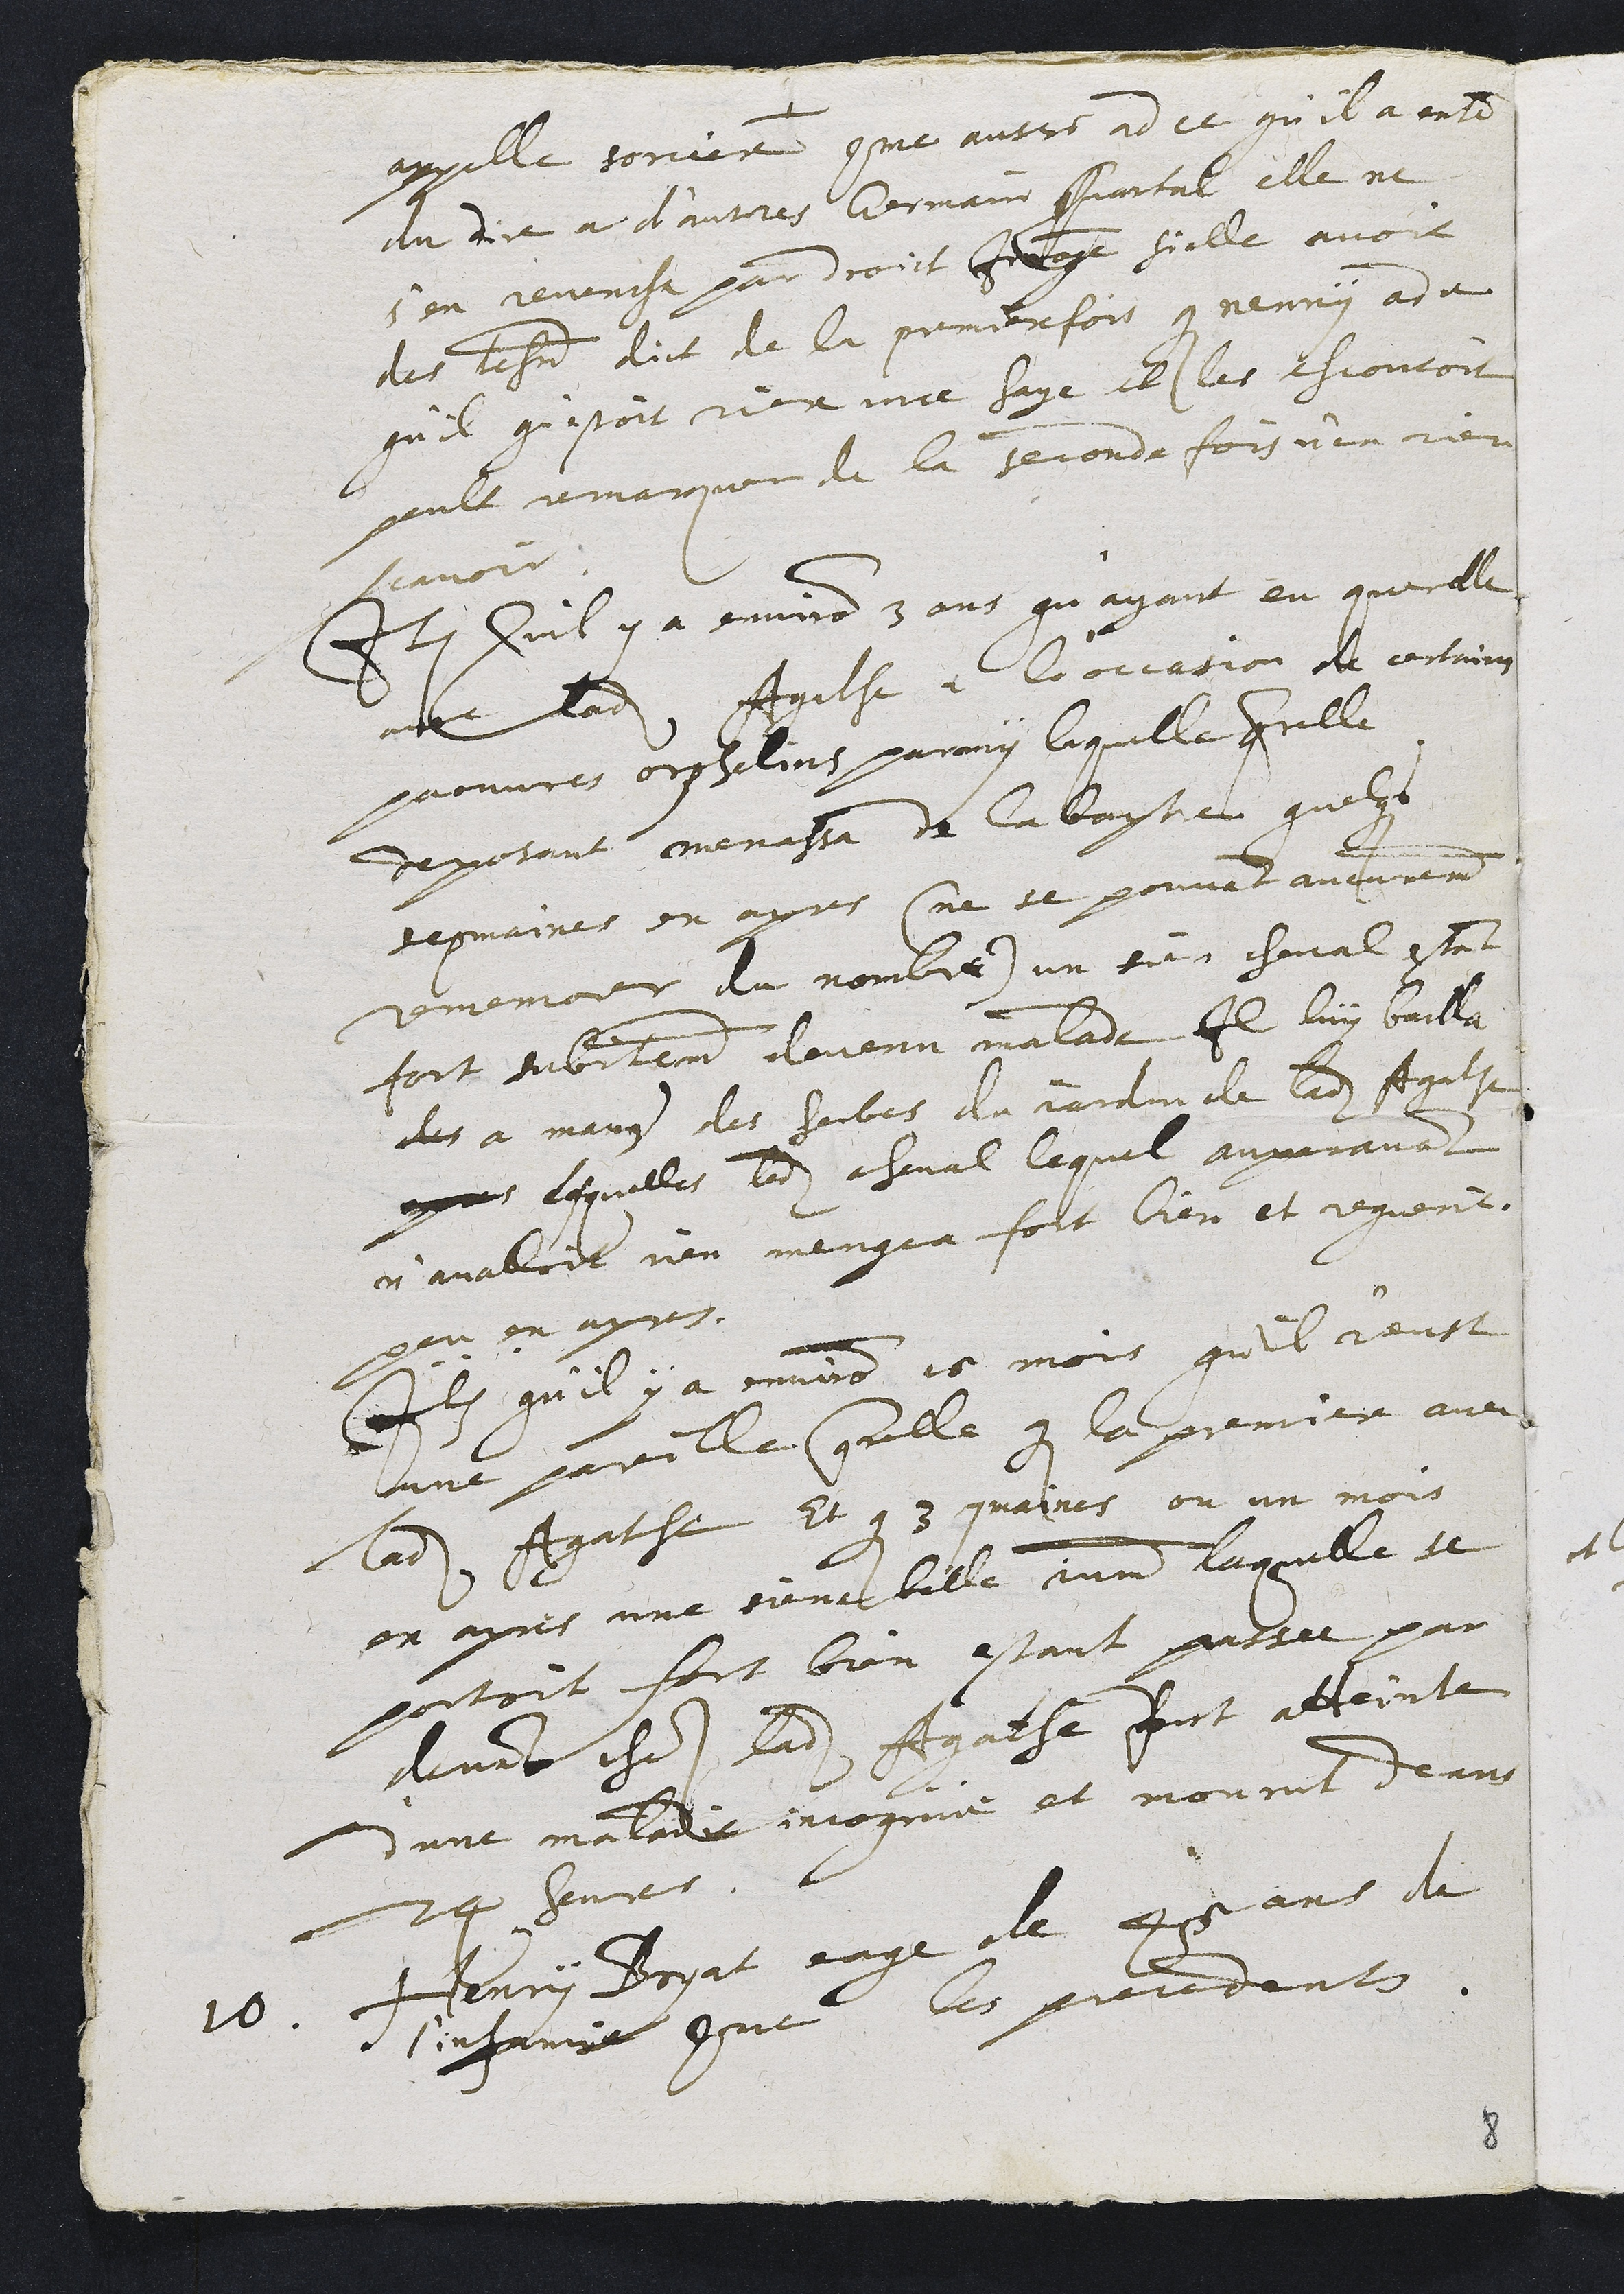
appelle sorciere comme aussi ad ce qu'il a enten
du dire a d'autres Germain Quartal elle ne
s'en revencha par droict Interroge si elle avoit
des tesmoins dict de la premiere fois que nenny ad ce
qu'il qu'estoit riere une haye il les escoutoit
peult remarquer de la seconde fois n'en rien
scavoir
Item Quil y a environ 3 ans qu'ayant eu querelle
avec ladite Agathe a l'occasion de certains
paouvres orphelins parmy laquelle querelle
deposant menassa de la bastre quelques
sepmaines en apres (ne se pouvant aucunement
rememorer du nombre) un sien cheval estant
fort subitement devenu malade Il luy bailla
des a manger des herbes du jardin de ladite Agathe
apres lesquelles ledit cheval lequel auparavant
n'avalloit rien mangea fort bien et reguerit
peu en apres.
Item qu'il y a environ 15 mois qu'il a eust
une pareille querelle qu'est la premiere avec
ladite Agathe Et que 3 sepmaines ou un mois
en apres une siene belle jument laquelle se
portoit fort bien estant passee par
devant ches ladite Agathe fust atteinte
d'une maladie incognue et mourut deans
24 heures.
10. Henri Boyat eage de 45 ans de
l'infamie comme les precedents